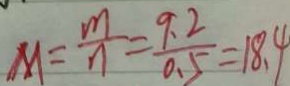
M = \frac { m } { n } = \frac { 9 . 2 } { 0 . 5 } = 1 8 . 4